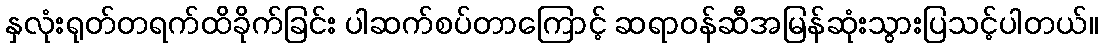
နှလုံးရုတ်တရက်ထိခိုက်ခြင်း ပါဆက်စပ်တာကြောင့် ဆရာဝန်ဆီအမြန်ဆုံးသွားပြသင့်ပါတယ်။